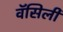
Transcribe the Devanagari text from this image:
वॅसिली